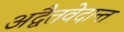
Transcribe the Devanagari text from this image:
अद्वैतवेदान्त